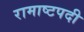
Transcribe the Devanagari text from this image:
रामाष्टपदी